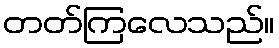
တတ်ကြလေသည်။